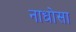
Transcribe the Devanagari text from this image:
नाधोसा